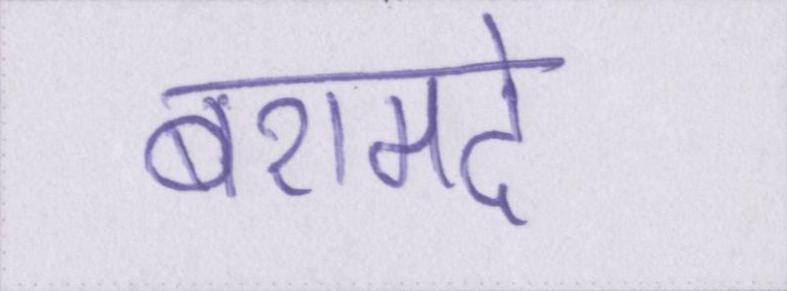
बरामदे